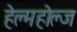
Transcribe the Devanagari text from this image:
हेल्महोल्ज